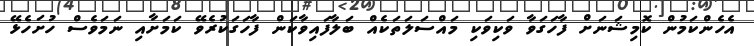
އެހެންކަމުން ކޮމިޝަނަށް ފާހަގަވާ ވަކިވަކި މައްސަލަތަކެއް ބަލާފައިވާކަން ފާހަގަކުރެވޭ ކަމަށާއި ނަމަވެސް ހުށަހެޅޭ